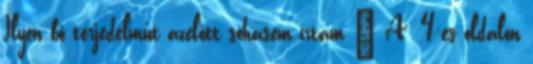
Ilyen bő ter­jedelműt azelőtt sohasem írtam – A 4-es oldalon